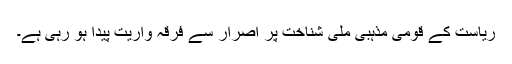
ریاست کے قومی مذہبی ملی شناخت پر اصرار سے فرقہ واریت پیدا ہو رہی ہے۔